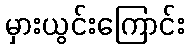
မှားယွင်းကြောင်း